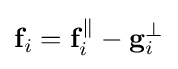
\mathbf {f} _{i}=\mathbf {f} _{i}^{\parallel }-\mathbf {g} _{i}^{\perp }